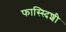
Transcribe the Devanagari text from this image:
फास्स्दिशी